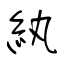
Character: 紈